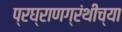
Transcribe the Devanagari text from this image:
प्रघ्राणग्रंथीच्या